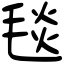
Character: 毯